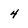
Character: 4